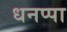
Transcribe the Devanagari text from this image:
धनप्पा